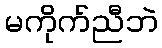
မကိုက်ညီဘဲ